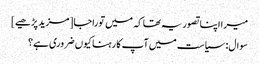
میرا اپنا تصور یہ تھا کہ میں توراجا [مزید پڑھیے]
سوال: سیاست میں آپ کا رہنا کیوں ضروری ہے؟